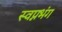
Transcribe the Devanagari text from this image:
स्वप्नभंग